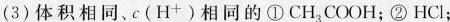
（3）体积相同、c(H^{+} )相同的①CH_{3}COOH;②HCl;